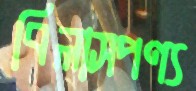
বিলাসপণ্য